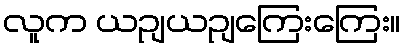
လူက ယဉျယဉျကြေးကြေး။